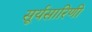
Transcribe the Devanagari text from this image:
सूर्यसारिणी